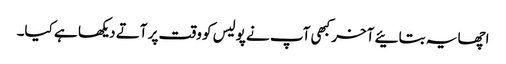
اچھا یہ بتائیے آخر کبھی آپ نے پولیس کو وقت پر آتے دیکھا ہے کیا۔